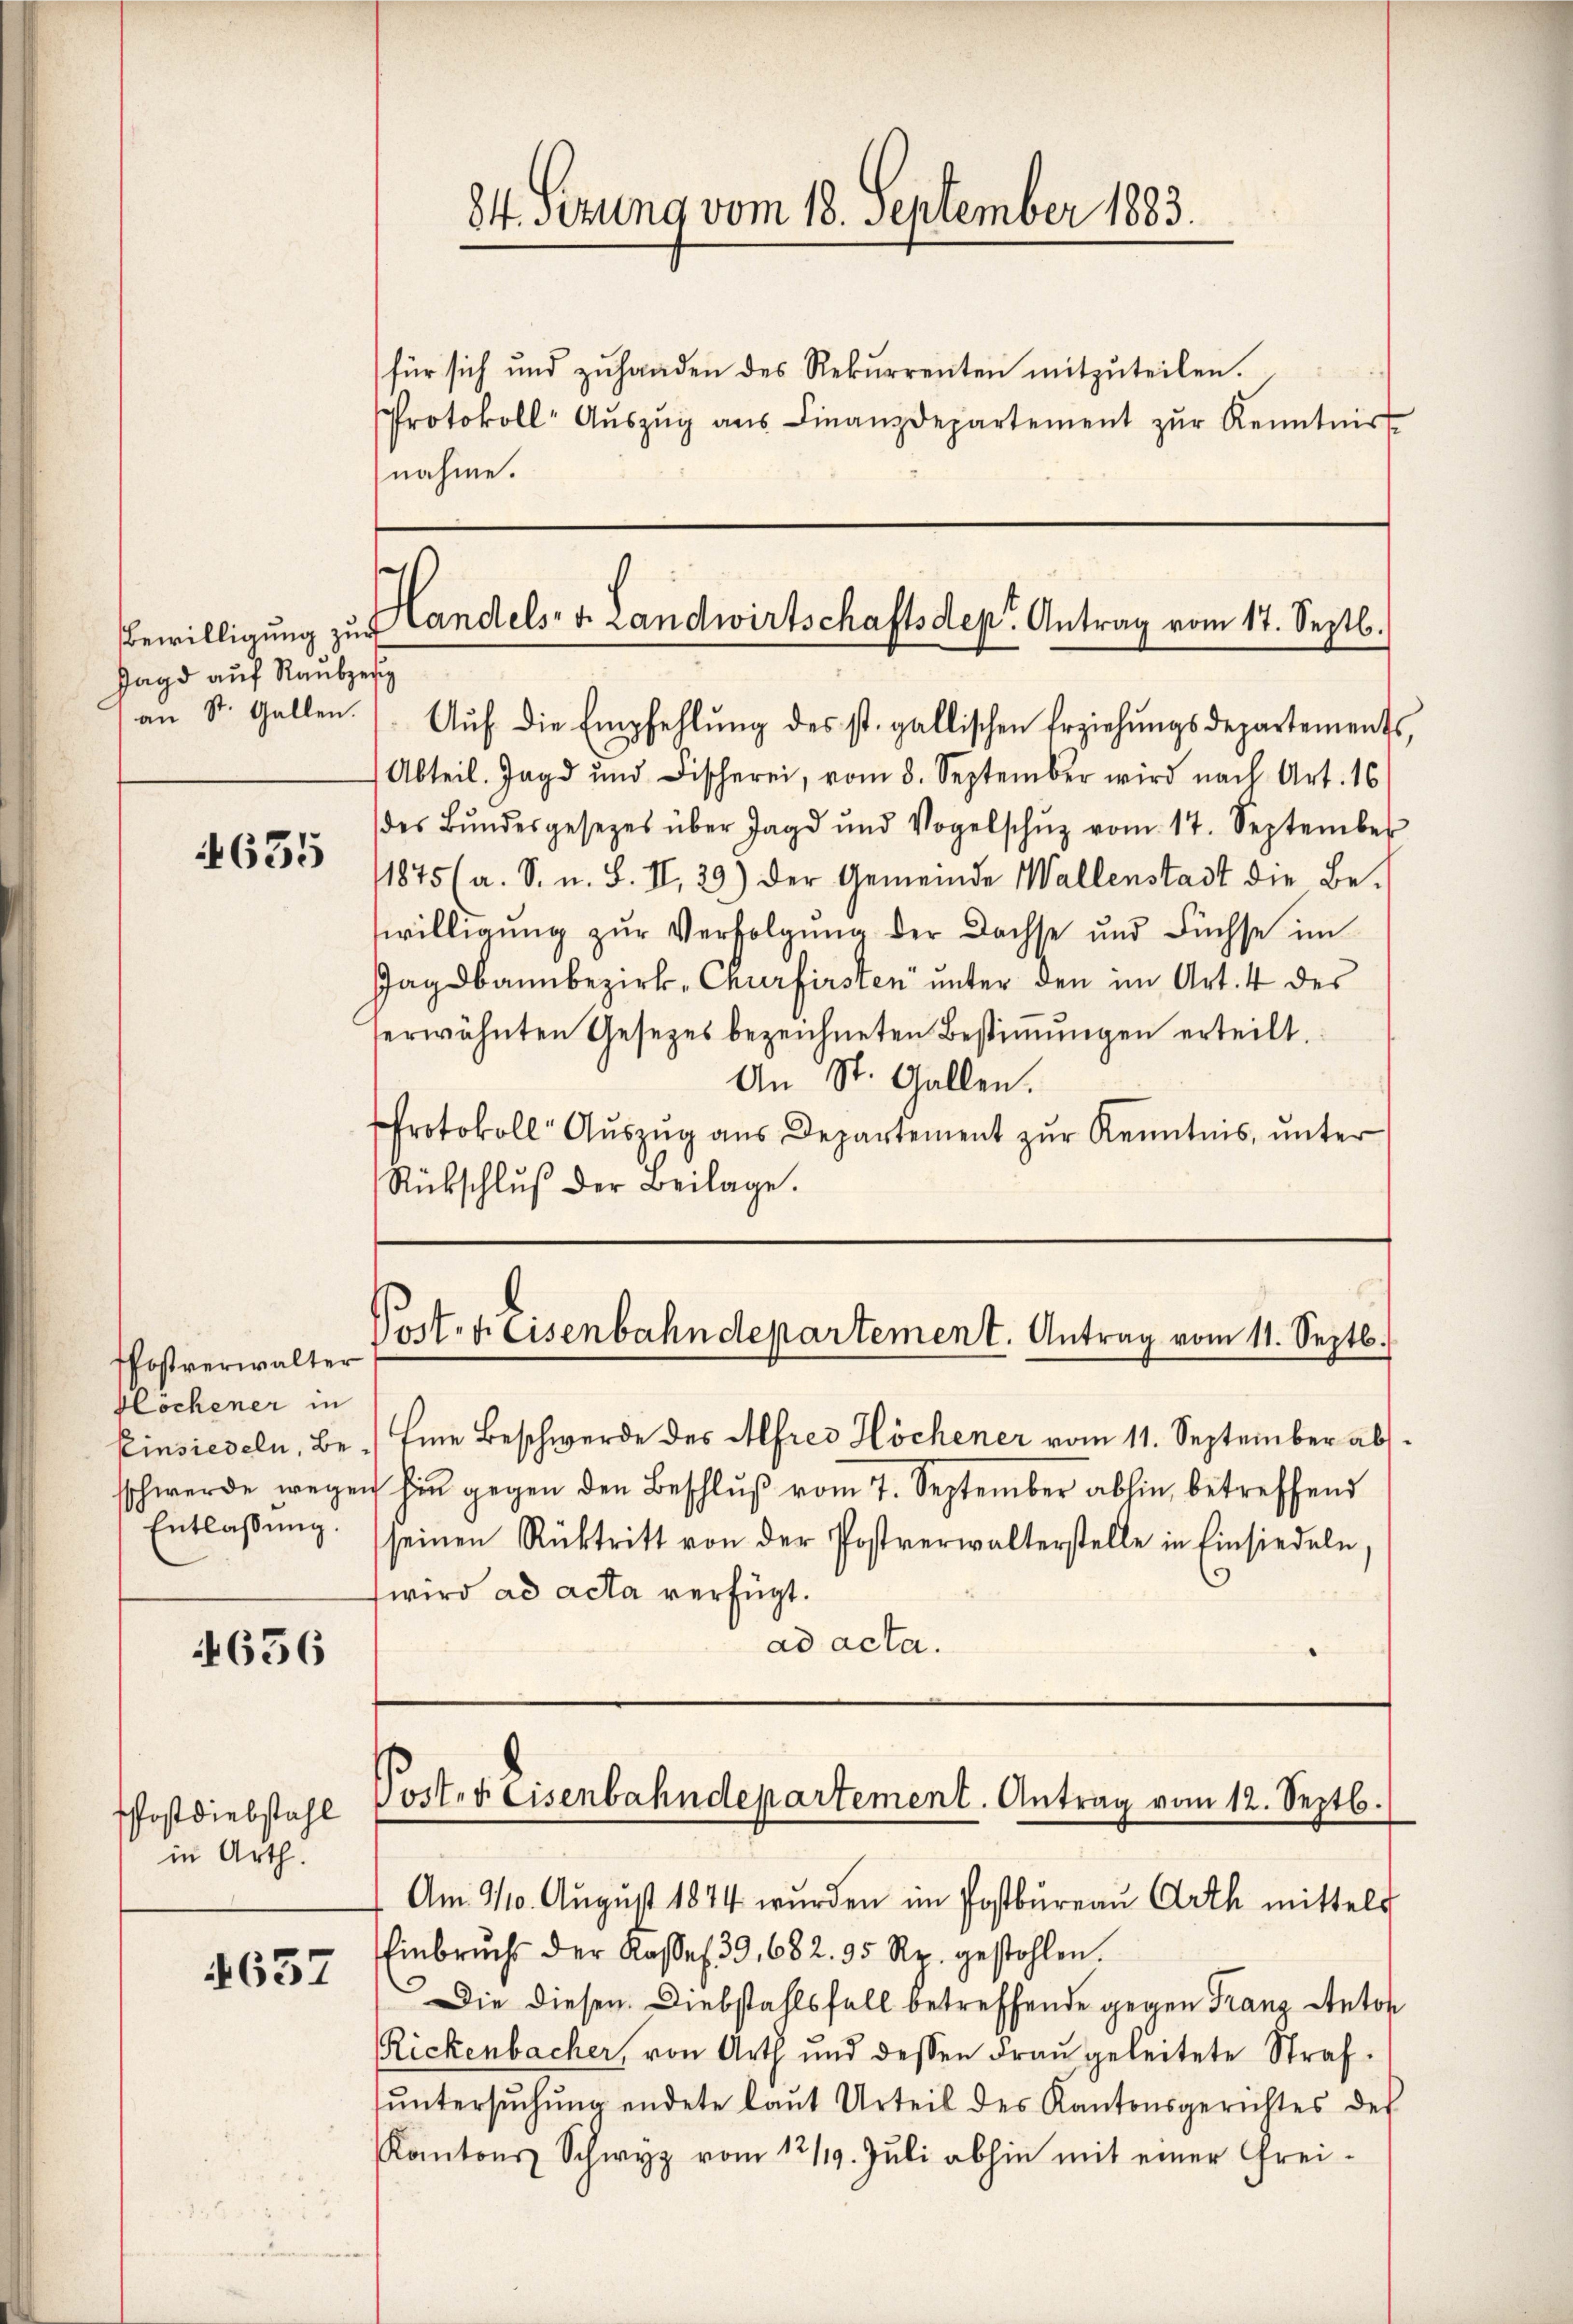
Bewilligung zur
Jagd auf Raubesez

635

Pfostverwalter
Klöchener in
sschwerde wege
Entlassung.

656

PPostdiebstahl
in Arth.

4637

84. Setzung vom 18. September 1883.

für sich und zuhanden des Rekurrenten mitzŭteilen.
Protokoll Aŭszŭg ans Finanzdepartement zŭr Kenntnis
nahme.

Handels- u. Landwirtschaftsdep. Antrag vom 17. Septb.

" st. Gallen. Aŭf die Empfehlŭng des st. gallischen Erziehungsdepartements,
Abteil. Jagd und Fischerei, vom 8. September wird nach Art. 16
des Bŭndesgesetzes über Jagd und Vogelschŭz vom 17. September
1875 (a. S. n. F. II., 29) Der Gemeinde Wallenstadt die Bewilligung zŭr Verfolgung der Dachse und Füchse im
Jagdbannbezirk, Churfirsten unter den im Art. 4 des
erwähnten Gesetzes bezeichneten Bestimmungen erteilt.
An St. Gallen.
Protokoll Aŭszŭg aŭs Departement zŭr Kenntnis, ŭnter
Rückschlŭβ der Beilage.

Post-Keisenbahndepartement. Antrag vom 11. Septb.

Einsiedeln, Be. Eine Beschwerde des Alfred Höchener vom 11. September abs
ic hin gegen den Beschlŭβ vom 7. September abhin, betreffend
seinen Rücktritt von der Postverwalterstelle in Einsiedeln,
wird ad acta verfügt.
ad acta.

Peit. f. Eisenbahndepartement. Antrag vom 12. Septb.

Am 3/10. August 1874 wurden im Postbureau Arth mittels
Einbruchs der Kassel 39, 682. 95 Rp. gestohlen.
Die diesen Diebstahlsfall betreffende gegen Franz Anton
Rickenbacher, von Arth und dessen Frau geleitete Strafŭntersŭchŭng endete laŭt Urteil des Kantonsgerichtes des
Kantons Schwyz vom 12/19. Jŭli abhin mit einer Frei-